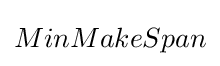
MinMakeSpan